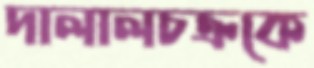
দালালচক্রকে